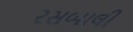
રસબાલી